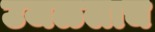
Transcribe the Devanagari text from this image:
उजळलाच